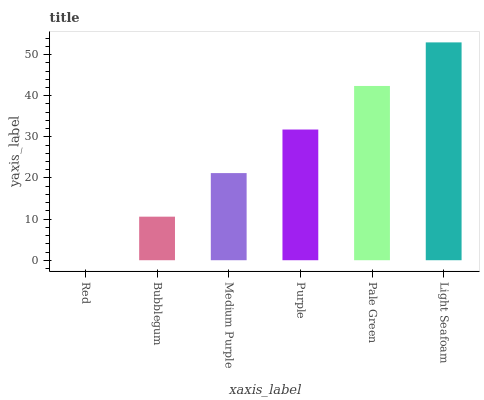
| xaxis_label | bars |
 | --- | --- |
 | Red | 0 |
 | Bubblegum | 10.6 |
 | Medium Purple | 21.2 |
 | Purple | 31.8 |
 | Pale Green | 42.4 |
 | Light Seafoam | 53 |